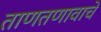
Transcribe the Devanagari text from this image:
ताणतणावाचे